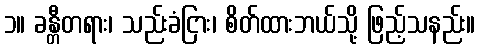
၁။ ခန္တီတရား၊ သည်းခံငြား၊ စိတ်ထားဘယ်သို့ ဖြည့်သနည်း။